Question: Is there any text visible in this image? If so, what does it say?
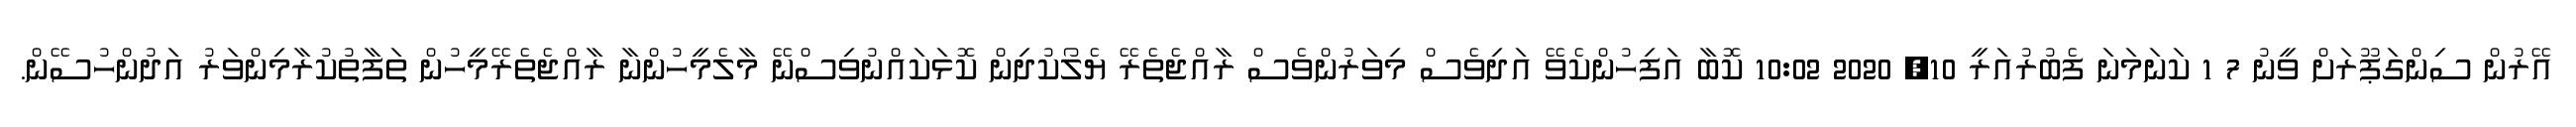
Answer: އޭރުން ސިންގަޕޫރަށް ވީނު 7 1 ކަނަމަނަ ފެބުރުއަރީ 10, 2020 10:02 ކޮބާ އަފިހުންކެވޭ އަދިވެސް މިވަރުންވެސް ރާއްޖެތެރޭ ޔެލޯކުދިން ކޮޅަކައްނުވިސްނޭ މާލެމީހުންނާ ރާއްޖެތެރޭމީހުން ތަފާތުކުރާމިންވަރު އަދުންހުސޭން.